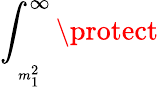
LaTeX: \int_{_{_{_{m_{1}^{2}}}}}^{\infty}\protect